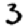
Digit: 3